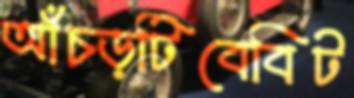
আঁচড়টিবেবিট